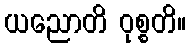
ယညောတိ ဝုစ္စတိ။